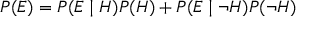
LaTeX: P ( E ) = P ( E \mid H ) P ( H ) + P ( E \mid \neg H ) P ( \neg H )